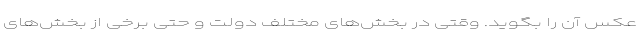
عکس آن را بگوید. وقتی در بخش‌های مختلف دولت و حتی برخی از بخش‌های